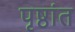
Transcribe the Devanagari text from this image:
पृष्ठांत